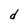
Character: d